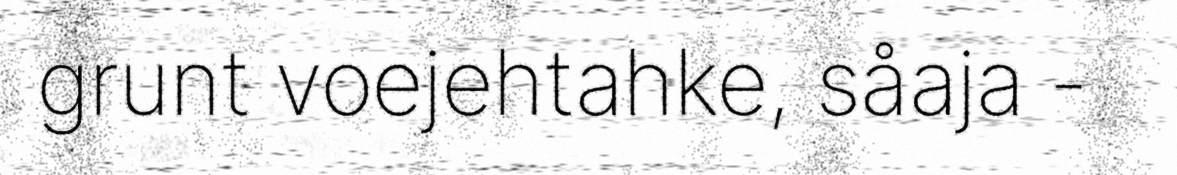
grunt voejehtahke, såaja -